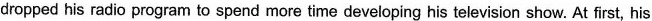
dropped his radio program to spend more time developing his television show. At first, his